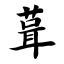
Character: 葺